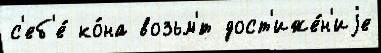
с'еб'е́ ко́на возьм'́т дост'иже́н'иjе